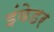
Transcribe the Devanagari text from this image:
इंवेडर